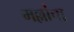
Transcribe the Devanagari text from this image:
मल्लांचा